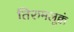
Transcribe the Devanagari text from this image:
तिरुमलूक्कं